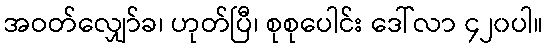
အဝတ်လျှော်ခ၊ ဟုတ်ပြီ၊ စုစုပေါင်း ဒေါ်လာ ၄၂၀ပါ။